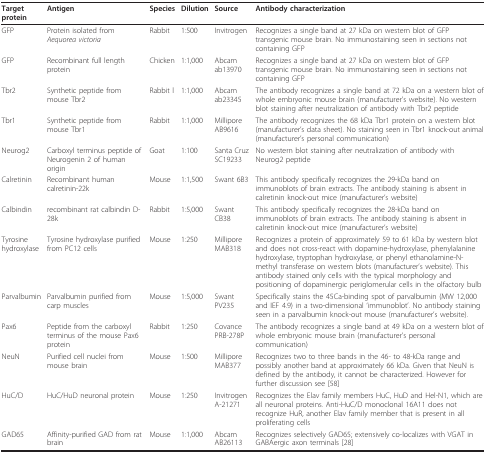
<table><thead><tr><td><b>Target protein</b></td><td><b>Antigen</b></td><td><b>Species</b></td><td><b>Dilution</b></td><td><b>Source</b></td><td><b>Antibody characterization</b></td></tr></thead><tbody><tr><td>GFP</td><td>Protein isolated from <i>Aequorea victoria</i></td><td>Rabbit</td><td>1:500</td><td>Invitrogen</td><td>Recognizes a single band at 27 kDa on western blot of GFP transgenic mouse brain. No immunostaining seen in sections not containing GFP</td></tr><tr><td>GFP</td><td>Recombinant full length protein</td><td>Chicken</td><td>1:1,000</td><td>Abcam ab13970</td><td>Recognizes a single band at 27 kDa on western blot of GFP transgenic mouse brain. No immunostaining seen in sections not containing GFP</td></tr><tr><td>Tbr2</td><td>Synthetic peptide from mouse Tbr2</td><td>Rabbit l</td><td>1:1,000</td><td>Abcam ab23345</td><td>The antibody recognizes a single band at 72 kDa on a western blot of whole embryonic mouse brain (manufacturer&#x27;s website). No western blot staining after neutralization of antibody with Tbr2 peptide</td></tr><tr><td>Tbr1</td><td>Synthetic peptide from mouse Tbr1</td><td>Rabbit</td><td>1:1,000</td><td>Millipore AB9616</td><td>The antibody recognizes the 68 kDa Tbr1 protein on a western blot (manufacturer&#x27;s data sheet). No staining seen in Tbr1 knock-out animal (manufacturer&#x27;s personal communication)</td></tr><tr><td>Neurog2</td><td>Carboxyl terminus peptide of Neurogenin 2 of human origin</td><td>Goat</td><td>1:100</td><td>Santa Cruz SC19233</td><td>No western blot staining after neutralization of antibody with Neurog2 peptide</td></tr><tr><td>Calretinin</td><td>Recombinant human calretinin-22k</td><td>Mouse</td><td>1:1,500</td><td>Swant 6B3</td><td>This antibody specifically recognizes the 29-kDa band on immunoblots of brain extracts. The antibody staining is absent in calretinin knock-out mice (manufacturer&#x27;s website)</td></tr><tr><td>Calbindin</td><td>recombinant rat calbindin D-28k</td><td>Rabbit</td><td>1:5,000</td><td>Swant CB38</td><td>This antibody specifically recognizes the 28-kDa band on immunoblots of brain extracts. The antibody staining is absent in calretinin knock-out mice (manufacturer&#x27;s website)</td></tr><tr><td>Tyrosine hydroxylase</td><td>Tyrosine hydroxylase purified from PC12 cells</td><td>Mouse</td><td>1:250</td><td>Millipore MAB318</td><td>Recognizes a protein of approximately 59 to 61 kDa by western blot and does not cross-react with dopamine-hydroxylase, phenylalanine hydroxylase, tryptophan hydroxylase, or phenyl ethanolamine-N-methyl transferase on western blots (manufacturer&#x27;s website). This antibody stained only cells with the typical morphology and positioning of dopaminergic periglomerular cells in the olfactory bulb</td></tr><tr><td>Parvalbumin</td><td>Parvalbumin purified from carp muscles</td><td>Mouse</td><td>1:5,000</td><td>Swant PV235</td><td>Specifically stains the 45Ca-binding spot of parvalbumin (MW 12,000 and IEF 4.9) in a two-dimensional &#x27;immunoblot&#x27;. No antibody staining seen in a parvalbumin knock-out mouse (manufacturer&#x27;s website).</td></tr><tr><td>Pax6</td><td>Peptide from the carboxyl terminus of the mouse Pax6 protein</td><td>Rabbit</td><td>1:250</td><td>Covance PRB-278P</td><td>The antibody recognizes a single band at 49 kDa on a western blot of whole embryonic mouse brain (manufacturer&#x27;s personal communication)</td></tr><tr><td>NeuN</td><td>Purified cell nuclei from mouse brain</td><td>Mouse</td><td>1:500</td><td>Millipore MAB377</td><td>Recognizes two to three bands in the 46- to 48-kDa range and possibly another band at approximately 66 kDa. Given that NeuN is defined by the antibody, it cannot be characterized. However for further discussion see [58]</td></tr><tr><td>HuC/D</td><td>HuC/HuD neuronal protein</td><td>Mouse</td><td>1:250</td><td>Invitrogen A-21271</td><td>Recognizes the Elav family members HuC, HuD and Hel-N1, which are all neuronal proteins. Anti-HuC/D monoclonal 16A11 does not recognize HuR, another Elav family member that is present in all proliferating cells</td></tr><tr><td>GAD65</td><td>Affinity-purified GAD from rat brain</td><td>Mouse</td><td>1:1,000</td><td>Abcam AB26113</td><td>Recognizes selectively GAD65; extensively co-localizes with VGAT in GABAergic axon terminals [28]</td></tr></tbody></table>